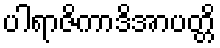
ပါရာဇိကာဒိအာပတ္တိ